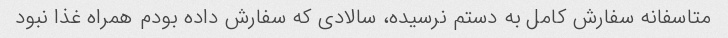
متاسفانه سفارش کامل به دستم نرسیده، سالادی که سفارش داده بودم همراه غذا نبود